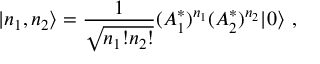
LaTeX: | n _ { 1 } , n _ { 2 } \rangle = \frac { 1 } { \sqrt { n _ { 1 } ! n _ { 2 } ! } } ( A _ { 1 } ^ { * } ) ^ { n _ { 1 } } ( A _ { 2 } ^ { * } ) ^ { n _ { 2 } } | 0 \rangle \ ,